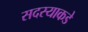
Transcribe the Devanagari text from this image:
सदस्याकडे